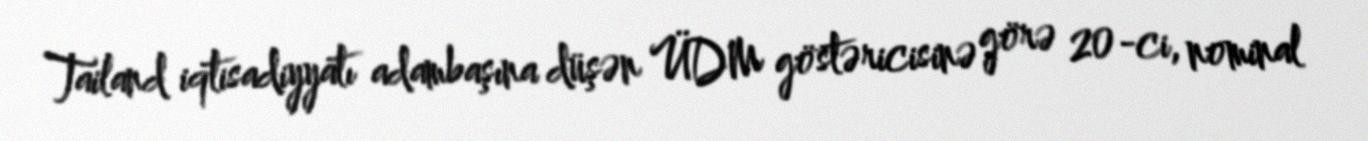
Tailand iqtisadiyyatı adambaşına düşən ÜDM göstəricisinə görə 20-ci, nominal